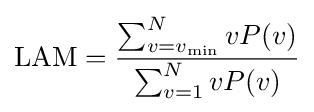
{\text{LAM}}={\frac {\sum _{v=v_{\min }}^{N}vP(v)}{\sum _{v=1}^{N}vP(v)}}